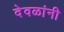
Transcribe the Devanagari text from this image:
देवळांनी